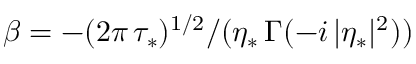
\beta = - ( 2 \pi \, \tau _ { * } ) ^ { 1 / 2 } / ( \eta _ { * } \, \Gamma ( - i \, | \eta _ { * } | ^ { 2 } ) )